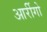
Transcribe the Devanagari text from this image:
आर्रीगो